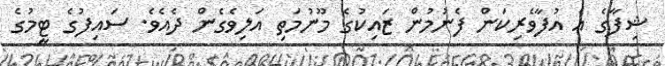
ޝިފާގެ އެ އުފާވެރިކަން ފެނުމުން ޒައިކުގެ މޫނުމަތި އަލިވެގެން ދެއެވެ. ސައިފުގެ ޓީމުގެ